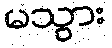
မသွား